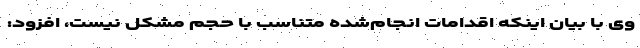
وی با بیان اینکه اقدامات انجام‌شده متناسب با حجم مشکل نیست، افزود: